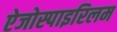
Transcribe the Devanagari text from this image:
ऐजोस्पाइरिलम